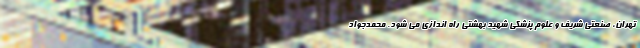
تهران، صنعتی شریف و علوم پزشکی شهید بهشتی راه اندازی می شود. محمدجواد